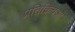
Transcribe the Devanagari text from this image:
प्रतिक्रियओं